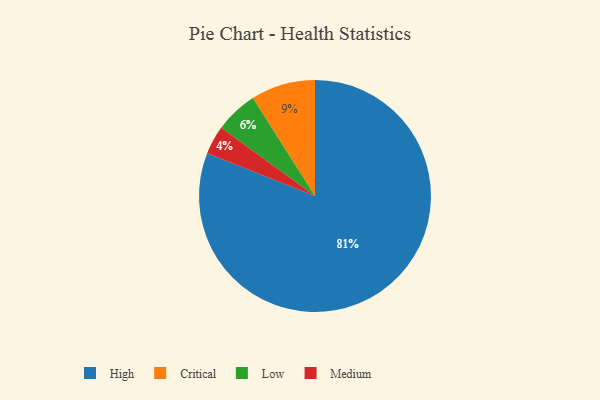
{"axis": {"x": "Category", "y": "Percentage"}, "legend": ["Critical", "High", "Low", "Medium"], "data": [{"x": "Medium", "y": 4, "type": "Medium"}, {"x": "Critical", "y": 9, "type": "Critical"}, {"x": "Low", "y": 6, "type": "Low"}, {"x": "High", "y": 81, "type": "High"}]}